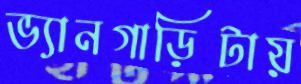
ভ্যানগাড়িটায়